Annual report on the health of the army in India
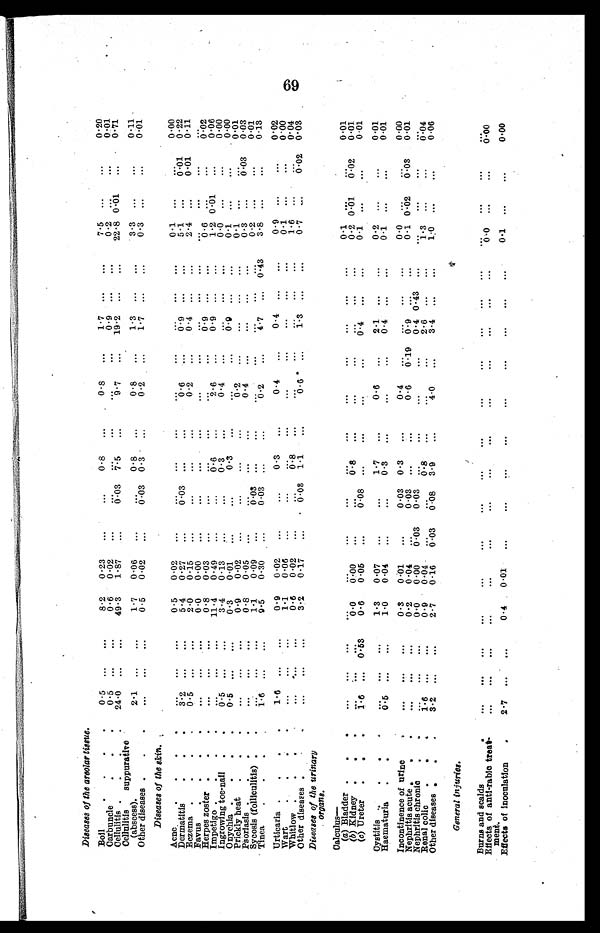
Diseases of the areolar tissue.
Boil
. . . .
0.5 ... ...
8.2 0.23
. . .
. . . 0.8
. . .
0.8 ...
1.7
. . .
. . .
7.5
. . .
. . .
0.20
Carbuncle
. . .
0.5 ... ...
0.6 0.02
. . .
. . .
...
. . .
. . .
. . . 0.9
. . .
. . .
0 . 2
. . .
. . .
0.01
Cellulitis . . .
24.0 ...
. . .
49.3 1.87
. . .
0.03 7.5
. . .
9.7
. . . 19.2
. . .
. . .
2 2 . 8 0 . 0 1
. . . 0.71
Cellulitis suppurative
(abscess).
2.1 ...
. . . 1.7 0.06
. . .
. . . 0.8
. . .
0.8 ...
1.3
. . .
. . .
3.3
. . .
. . .
0.11
Other diseases . . .
. . . ...
. . .
0.5 0.02
. . .
0.03 0.3
. . .
0.2 ...
1.7
. . .
. . .
0 . 3 . . .
. . . 0.01
Diseases of the skin.
Acne
. . .
. . . ...
. . .
0.5 0.02
. . .
. . . ...
. . .
. . .
...
. . . . . .
. . .
0.1
. . .
. . .
0.00
Dermatitis
. . .
3.2 ...
. . . 5.4 0.27
. . .
0.03 ...
. . .
0.6 ...
0.9
. . .
. . .
5 . 1
. . .
0.01 0.22
Eczema . . . .
0.5 ...
. . . 2.0 0.15
. . .
. . . ...
. . .
0.2 ... 0.4
. . .
. . .
2 . 4 . . .
0 . 0 1
0.11
Favus . . .
. . . ...
. . . 0.0 0.00
. . .
. . . ...
. . .
. . .
...
. . . . . .
. . .
. . .
. . .
. . .
. . .
Herpes zoster . . .
. . . ...
. . .
0.8 0.03
. . .
. . .
. . .
. . .
. . .
...
0 . 9
. . .
. . .
0 . 6
. . .
. . .
0.02
Impetigo . . . .
... ...
. . . 11.4 0.49
. . .
. . . 0.6 . . .
2.6 ...
0 . 9 . . .
. . .
1 . 2
0 . 0 1
. . .
0.06
Ingrowing toe-nail .
0.5
. . .
. . .
3.4 0.13
. . .
. . . 0.3
. . .
0.4 ...
. . . . . .
. . .
0 . 0
. . .
. . .
0.00
Onychia . . . .
0.5 ...
. . .
0.3
0 . 0 1 . . . .
. . . . . . . 0.3
. . .
... ...
0.9
. . .
. . .
0 . 1
. . .
. . .
0.00
Prickly heat . . .
... ...
. . .
0.9
0.02
. . .
... ...
. . .
0.2...
. . .
. . .
. . .
0 . 1
. . .
. . . 0.01
Psoriasis
. . . . ...
. . .
0.8 0.05
. . .
. . . ...
0.4 ...
. . .
. . . .
. . .
0 . 3
. . . .
0 . 0 3 0.03
Sycosis (folliculitis) : :
. . . ...
. . .
1.1
0.09
. . . .
0.03 ...
. . .
. . .
...
. . .
. . .
. . .
0 . 2
. . .
. . .
0.01
Tinea
. . .
1.6 ...
. . .
9.5
0.30
. . .
0.03 ...
. . .
0.2 ... 4.7
. . .
0 . 4 3
3 . 8 . . .
. . . 0.13
Urticaria . . . .
1.6 ...
. . . 0.9 0.02
. . .
. . .
0.3
. . .
0.4
. . .
0.4
. . .
. . .
0.9 . . .
. . .
0.0 2
Wart
. . .
. . . ...
. . .
1.1 0.06
. . .
. . .
...
. . .
. . .
. . .
. . . . . .
. . .
0 . 1 . . .
. . . 0.00
Whitlow . . .
. . . ...
. . .
0.6 0.02
. . .
. . .
0.8
. . .
. . .
. . .
. . . . . .
. . .
1 . 6 . . .
. . .
0.04
Other diseases . . .
. . . ...
. . .
3.2 0.17
. . . 0.03
1.1
. . .
0.6
. . .
1.3 . . .
. . .
0 . 7 . . .
0 . 0 2 0.03
Diseases of the urinary
organs.
Calculus—
(a) Bladder . . .
... ...
. . .
. . .
. . . . . .
. . . ...
. . .
. . .
...
. . .
. . .
. . .
0.1
. . .
. . .
0.01
(b) Kidney . . .
... ...
. . .
0 . 0
0.00
. . .
... 0.8
. . .
. . .
...
. . .
. . .
. . .
0.2
0 . 0 1
0 . 0 2
0.01
(c) Ureter . . .
1.6 ... 0.53
0.6 0.05
. . .
0 . 0 8 ...
. . .
. . .
...
0.4
. . .
. . .
0.1
. . .
. . . 0.01
Cystitis .. .
...
...
. . .
1.3 0.07
. . .
. . . 1.7
. . .
0.6 ...
2.1
. . .
. . .
0.2
. . .
. . .
0.01
Haematuria . .
0.5 ...
. . .
1.0 0.04
. . .
. . . 0.3
. . .
. . .
...
0 4
. . .
. . .
0.1
. . .
. . . 0.01
Incontinence of urine
...
...
. . .
0.3 0.01
. . .
0.03 0.3
. . .
0.4
. . .
. . .
. . .
. . .
0.0
. . .
. . .
0.00
Nephritis acute . . .
...
...
. . .
0.2 0.04
. . .
0.03 ...
. . .
0.6 0.19 0.9
. . .
. . .
0 . 1 0 . 2
0 . 3 0.01
Nephritis chronic
. .
... ...
. . .
0.0 0.00 0.03 0.03 ...
. . .
. . .
...
0 . 4
0 43
. . .
. . .
. . .
. . .
. . .
Renal colic
. . .
1.6 ...
. . . 0.9 0.04
. . .
... 0.8
. . .
. . .
...
2.6 . . .
. . .
1 . 3 . . .
. . .
0.04
Other diseases .
. .
3.2 ...
. . .
2.7 0.16 0.03
0. 08 3.9
. . .
4.0 ...
3.4 . . .
. . .
1.0
. . .
. . . 0.00
General injuries.
Burns and scalds
...
... ...
. . . ...
. . .
... ...
. . .
. . .
...
. . .
. . .
. . .
. . .
. . .
. . .
...
Effects of anti-rabic treat
-ment.
...
... ...
. . .
...
. . .
. . . ...
. . .
. . .
...
. . .
. . .
. . .
0.0
. . .
. . .
0.00
Effects of inoculation
.
2.7 ... ...
0.4 0.01
. . .
. . . ...
. . .
. . .
...
. . .
. . .
. . . 0.1
. . .
. . . 0.00
69